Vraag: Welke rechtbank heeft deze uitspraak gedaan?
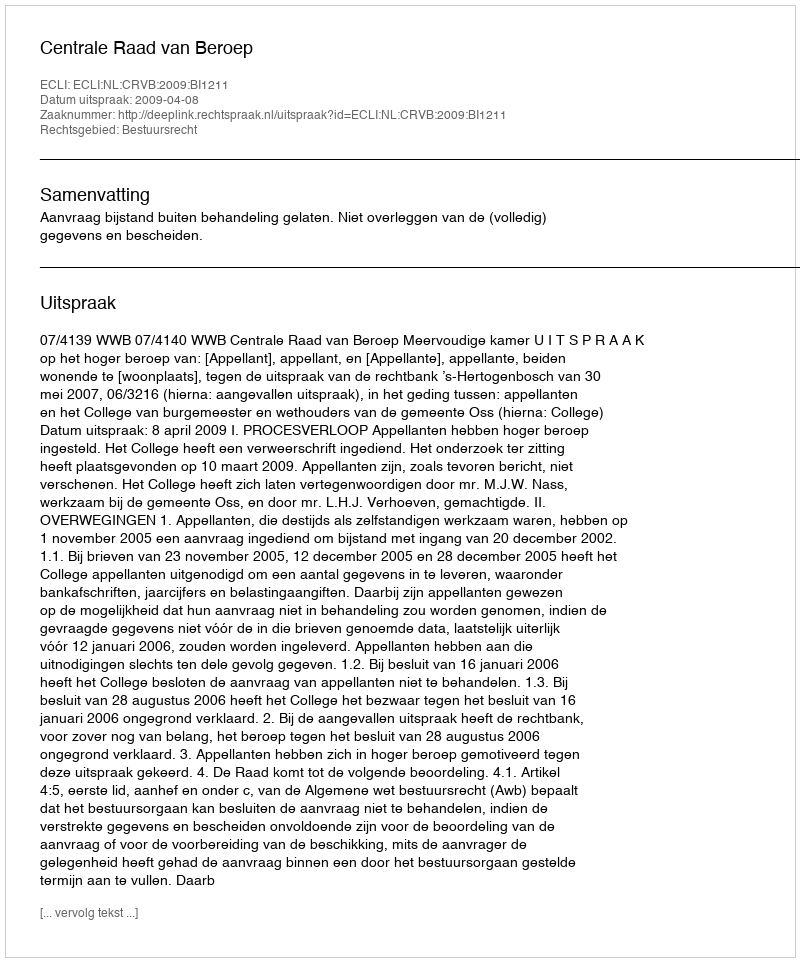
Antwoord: Centrale Raad van Beroep